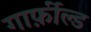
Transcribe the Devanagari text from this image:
गार्फ़ील्ड